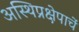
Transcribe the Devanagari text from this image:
अस्थिप्रक्षेपाचें